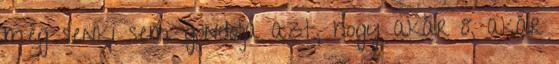
még senki sem gondolja azt, hogy akár ő, akár